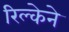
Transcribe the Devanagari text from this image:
रिल्केने